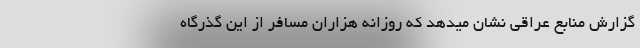
گزارش منابع عراقی نشان میدهد که روزانه هزاران مسافر از این گذرگاه